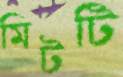
মিটটি